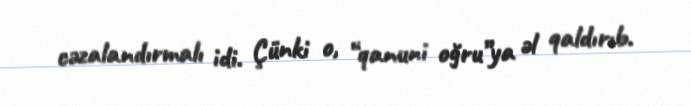
cəzalandırmalı idi. Çünki o, “qanuni oğru”ya əl qaldırıb.